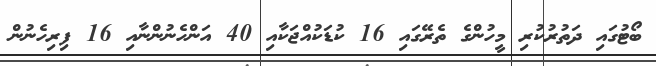
ބޯޓުގައި ދަތުރުކުރި މީހުންގެ ތެރޭގައި 16 ކުޑަކުއްޖަކާއި 40 އަންހެނުންނާއި 16 ފިރިހެނުން